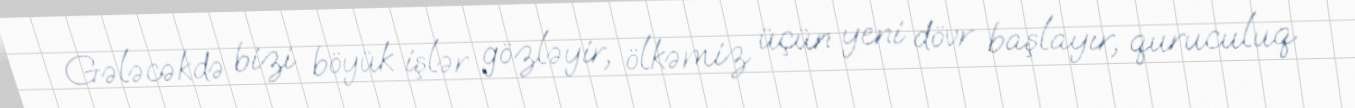
Gələcəkdə bizi böyük işlər gözləyir, ölkəmiz üçün yeni dövr başlayır, quruculuq